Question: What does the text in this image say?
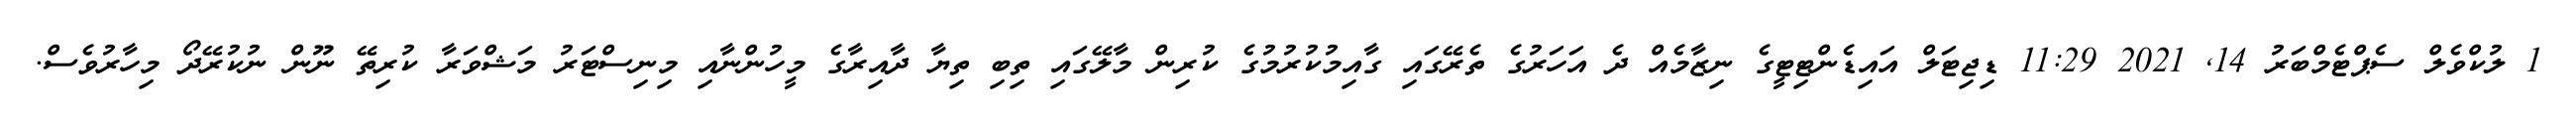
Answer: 1 ލުކްވެލް ސެޕްޓެމްބަރު 14, 2021 11:29 ޑިޖިޓަލް އައިޑެންޓިޓީގެ ނިޒާމެއް ދެ އަހަރުގެ ތެރޭގައި ގާއިމުކުރުމުގެ ކުރިން މާލޭގައި ތިބި ތިޔާ ދާއިރާގެ މީހުންނާއި މިނިސްޓަރު މަޝްވަރާ ކުރިތޭ ނޫން ނުކުރޭދޯ މިހާރުވެސް.